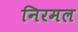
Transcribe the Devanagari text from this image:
निरमल